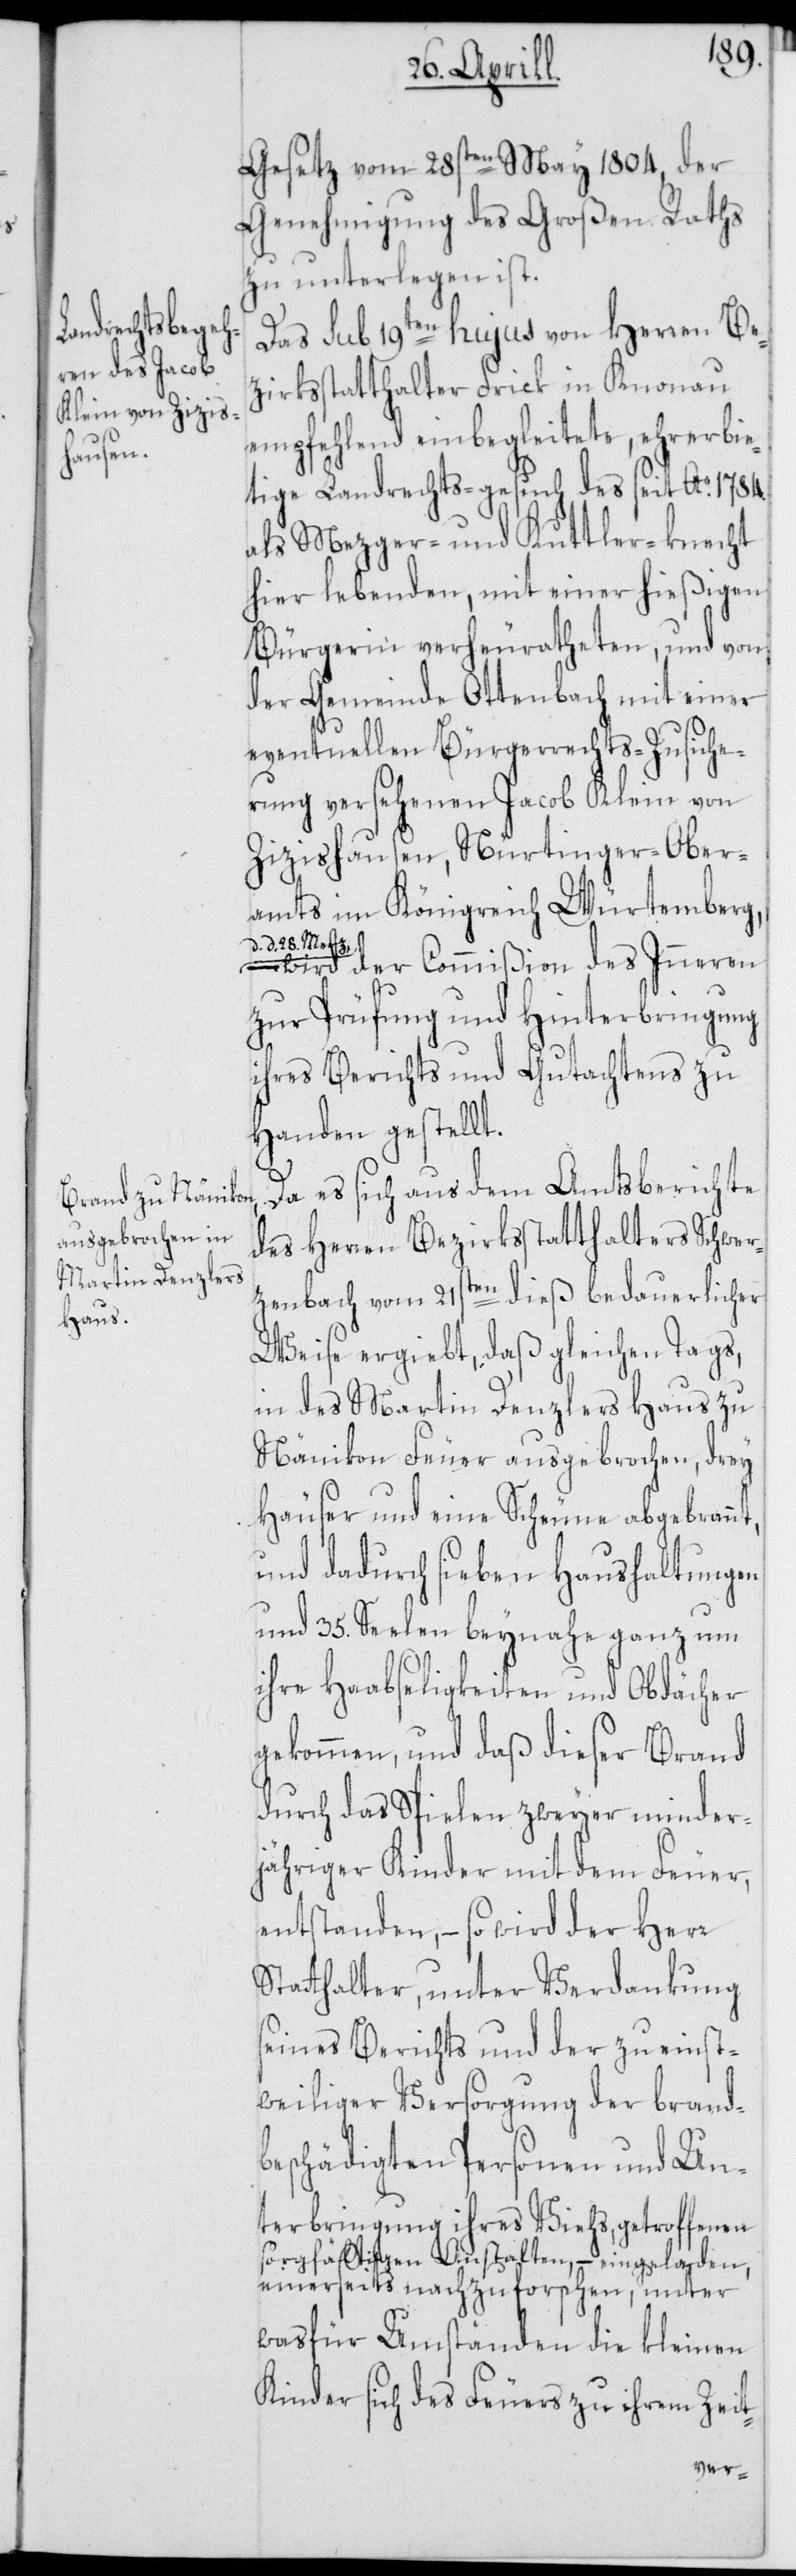
t,
Gesetz vom 28sten May 1804, der
Genehmigung des Großen Raths
zu unterlegen ist.
Das sub 19ten hujus von Herren Be¬
zirksstatthalter Frick in Knonau
empfehlend einbegleitete, ehrerbie¬
tige Landrechts-gesuch des seit Ao. 1784.
als Mezger- und Kuttler-knecht
hier lebenden, mit einer hießigen
Bürgerin verheuratheten, und von
der Gemeinde Ottenbach mit einer
eventuellen Bürgerrrechts-Zusiche¬
rung versehenen Jacob Klein von
Zizishausen, Nürtinger Ober¬
amts im Königreich Würtemberg,
d. 28. Merz,-a
– wird der Commißion des Inneren
zur Prüfung und Hinterbringung
ihres Berichts und Gutachtens zu
Handen gestellt.
Da es sich aus dem Amtsberichte
des Herren Bezirksstatthalters Schwer¬
zenbach vom 21sten dieß bedauerlicher
Weise ergiebt, daß gleichen Tags,
in des Martin Denzlers Haus zu
Nänikon Feuer ausgebrochen, drey
Häuser und eine Scheune abgebrann¬
und dadurch sieben Haushaltungen
und 35. Seelen beynahe ganz um
ihre Haabseligkeiten und Obdächer
gekommen, und daß dieser Brand
durch das Spielen zweyer minder¬
jähriger Kinder mit dem Feuer,
entstanden, – so wird der Herr
Statthalter, unter Verdankung
seines Berichts und der zu einst¬
weiliger Versorgung der brand¬
beschädigten Personen und Un¬
terbringung ihres Viehs, getroffenen
sorgfältigen Anstalten, – eingeladen,
einerseits nachzuforschen, unter
was für Umständen die kleinen
Kinder sich des Feuers zu ihrem Zeit-